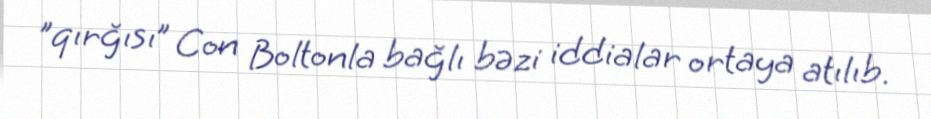
"qırğısı” Con Boltonla bağlı bəzi iddialar ortaya atılıb.